Vaccination North-Western Provinces and Oudh 1878-1895 - 1878-1895
Year: 1878
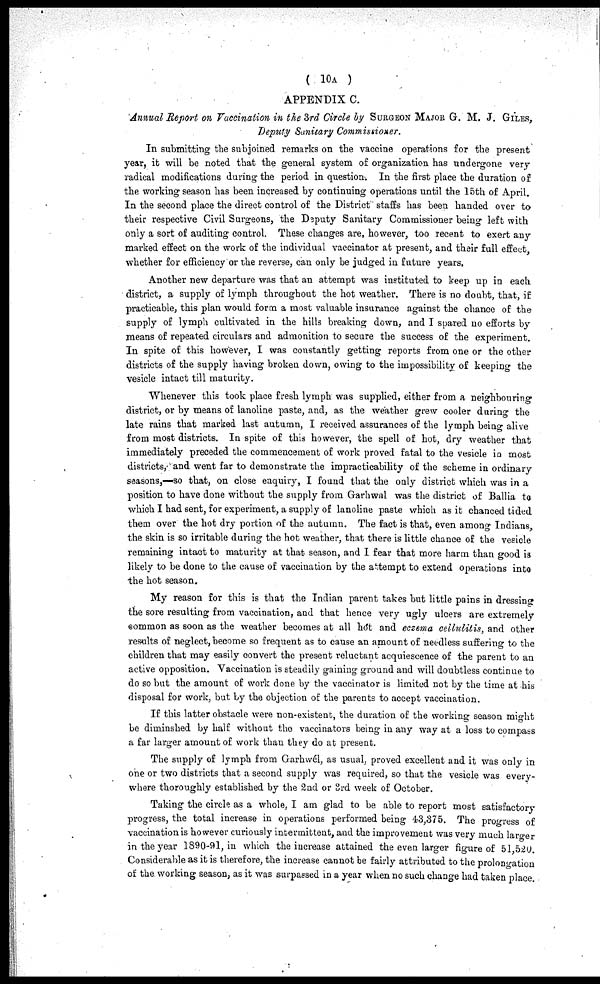
( 10A )
APPENDIX C.
Annual Report on Vaccination in the 3rd Circle by SURGEON MAJOR G. M. J. GILES,
Deputy Sanitary Commissioner.
In submitting the subjoined remarks on the vaccine operations for the present
year, it will be noted that the general system of organization has undergone very
radical modifications during the period in question. In the first place the duration of
the working season has been increased by continuing operations until the 15th of April.
In the second place the direct control of the District staffs has been handed over to
their respective Civil Surgeons, the Deputy Sanitary Commissioner being left with
only a sort of auditing control. These changes are, however, too recent to exert any
marked effect on the work of the individual vaccinator at present, and their full effect,
whether for efficiency or the reverse, can only be judged in future years.
Another new departure was that an attempt was instituted to keep up in each
district, a supply of lymph throughout the hot weather. There is no doubt, that, if
practicable, this plan would form a most valuable insurance against the chance of the
supply of lymph cultivated in the hills breaking down, and I spared no efforts by
means of repeated circulars and admonition to secure the success of the experiment.
In spite of this however, I was constantly getting reports from one or the other
districts of the supply having broken down, owing to the impossibility of keeping the
vesicle intact till maturity.
Whenever this took place fresh lymph was supplied, either from a neighbouring
district, or by means of lanoline paste, and, as the weather grew cooler during the
late rains that marked last autumn, I received assurances of the lymph being alive
from most districts. In spite of this however, the spell of hot, dry weather that
immediately preceded the commencement of work proved fatal to the vesicle in most
districts, and went far to demonstrate the impracticability of the scheme in ordinary
seasons,—so that, on close enquiry, I found that the only district which was in a
position to have done without the supply from Garhwal was the district of Ballia to
which I had sent, for experiment, a supply of lanoline paste which as it chanced tided
them over the hot dry portion of the autumn. The fact is that, even among Indians,
the skin is so irritable duriug the hot weather, that there is little chance of the vesicle
remaining intact to maturity at that season, and I fear that more harm than good is
likely to be done to the cause of vaccination by the attempt to extend operations into
the hot season.
My reason for this is that the Indian parent takes but little pains in dressing
the sore resulting from vaccination, and that hence very ugly ulcers are extremely
common as soon as the weather becomes at all hot and eczema cellulitis, and other
results of neglect, become so frequent as to cause an amount of needless suffering to the
children that may easily convert the present reluctant acquiescence of the parent to an
active opposition. Vaccination is steadily gaining ground and will doubtless continue to
do so but the amount of work done by the vaccinator is limited not by the time at his
disposal for work, but by the objection of the parents to accept vaccination.
If this latter obstacle were non-existent, the duration of the working season might
be diminshed by half without the vaccinators being in any way at a loss to compass
a far larger amount of work than they do at present.
The supply of lymph from Garhwél, as usual, proved excellent and it was only in
one or two districts that a second supply was required, so that the vesicle was every-
where thoroughly established by the 2nd or 3rd week of October.
Taking the circle as a whole, I am glad to be able to report most satisfactory
progress, the total increase in operations performed being 43,375. The progress of
vaccination is however curiously intermittent, and the improvement was very much larger
in the year 1890-91, in which the increase attained the even larger figure of 51,520.
Considerable as it is therefore, the increase cannot be fairly attributed to the prolongation
of the working season, as it was surpassed in a year when no such change had taken place.